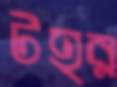
টহর